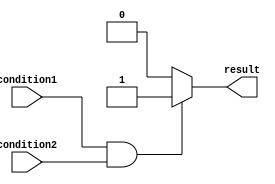
module if_else_logical_AND(
    input wire condition1,
    input wire condition2,
    output reg result
);

always @(*)
begin
    if (condition1 && condition2) begin
        result <= 1'b1;
    end
    else begin
        result <= 1'b0;
    end
end

endmodule